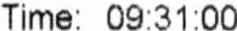
TIME: 09:31:00